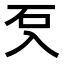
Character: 𭀽